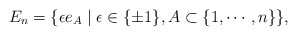
\begin{align*}E_{n} = \{ \epsilon e_{A} \mid \epsilon \in \{ \pm 1 \}, A \subset \{ 1,\cdots, n \} \},\end{align*}